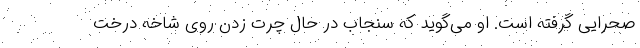
صحرایی گرفته است. او می‌گوید که سنجاب در حال چرت زدن روی شاخه درخت